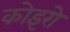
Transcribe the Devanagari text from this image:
कोइरो